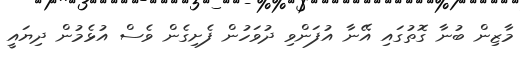
މާޒިން ބުނާ ގޮތުގައި އޭނާ އުފަންވި ދުވަހުން ފެށިގެން ވެސް އުޅެމުން ދިޔައީ